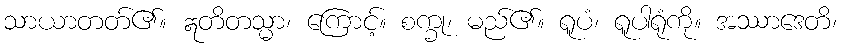
သာယာတတ်၏။ ဣတိတသ္မာ၊ ကြောင့်။ စက္ခု၊ မည်၏။ ရူပံ၊ ရူပါရုံကို။ အဿာဒေတိ၊